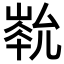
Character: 𡻏